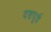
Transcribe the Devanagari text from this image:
दशपूर्व